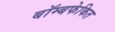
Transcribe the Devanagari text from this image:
बॉम्बफेकित